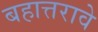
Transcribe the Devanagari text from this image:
बहात्तरावे